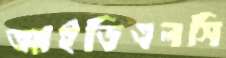
আইডিএলসি